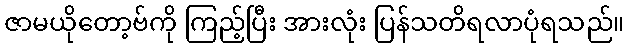
ဇာမယိုတော့ဗ်ကို ကြည့်ပြီး အားလုံး ပြန်သတိရလာပုံရသည်။